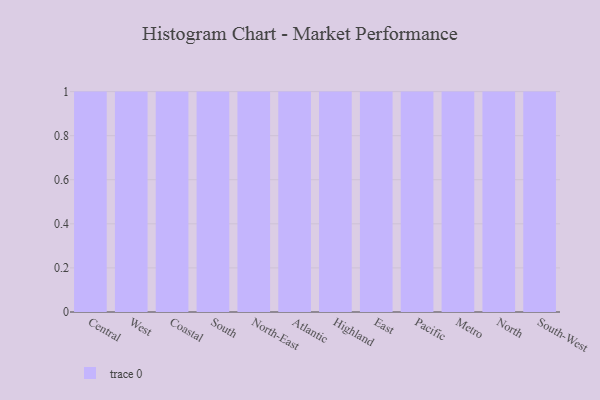
{"axis": {"x": "Region", "y": "Shipments"}, "legend": [""], "data": [{"x": "Central", "y": 85, "type": ""}, {"x": "West", "y": 64, "type": ""}, {"x": "Coastal", "y": 6, "type": ""}, {"x": "South", "y": 27, "type": ""}, {"x": "North-East", "y": 54, "type": ""}, {"x": "Atlantic", "y": 48, "type": ""}, {"x": "Highland", "y": 9, "type": ""}, {"x": "East", "y": 67, "type": ""}, {"x": "Pacific", "y": 32, "type": ""}, {"x": "Metro", "y": 50, "type": ""}, {"x": "North", "y": 3, "type": ""}, {"x": "South-West", "y": 19, "type": ""}]}